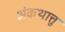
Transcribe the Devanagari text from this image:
अंकथात्तु